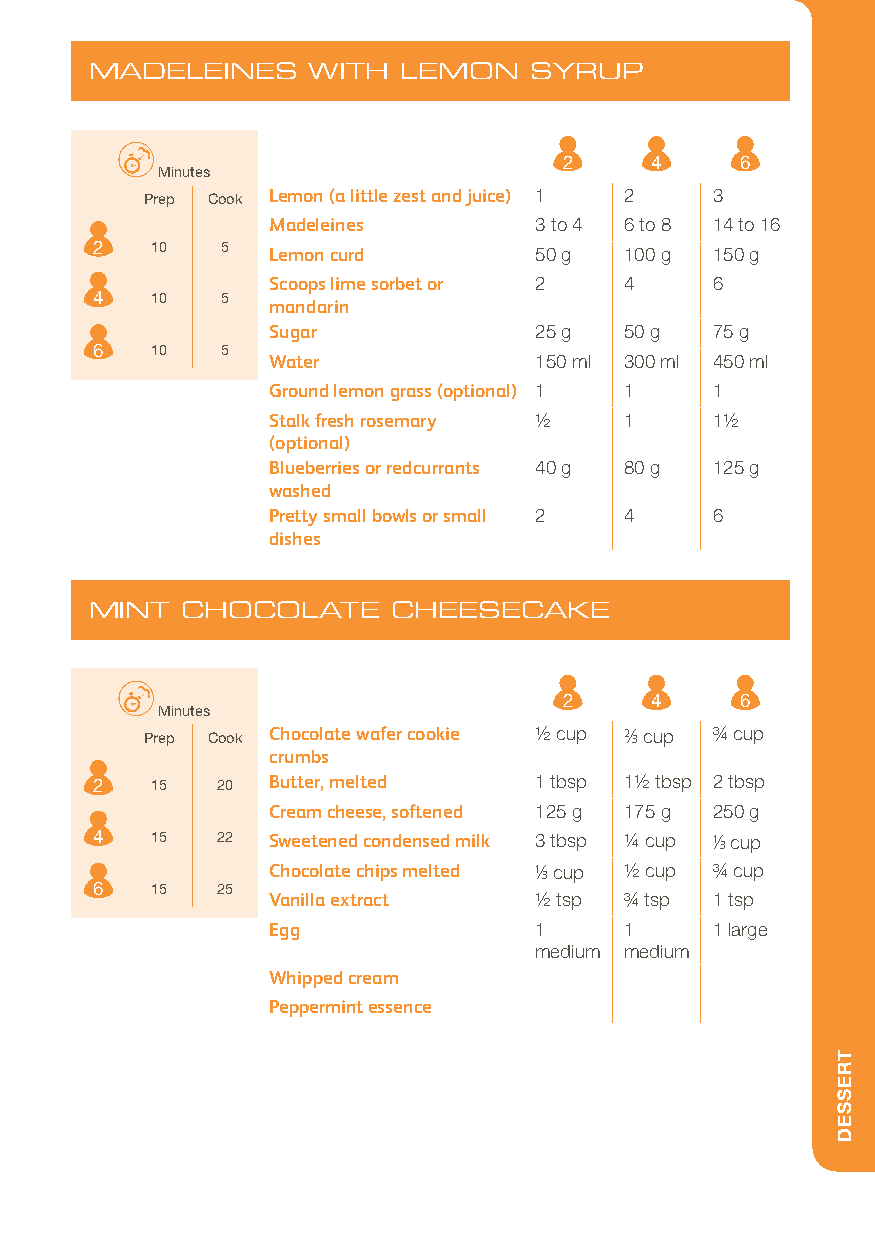
MADELEINES    WITH   LEMON   SYRUP
 2     4     6
 Minutes
 Prep Cook Lemon (a little zest and juice) 1 2 3
 Madeleines       3 to 4 6 to 8 14 to 16
 2   10   5  Lemon curd       50 g  100 g 150 g
 Scoops lime sorbet or 2 4    6
 4   10   5
 mandarin
 Sugar            25 g  50 g  75 g
 6   10   5
 Water            150 ml 300 ml 450 ml
 Ground lemon grass (optional) 1 1 1
 Stalk fresh rosemary 1/2 1   11/2
 (optional)
 Blueberries or redcurrants 40 g 80 g 125 g
 washed
 Pretty small bowls or small 2 4 6
 dishes
 MINT  CHOCOLATE     CHEESECAKE
 2     4     6
 Minutes
 Prep Cook Chocolate wafer cookie 1/2 cup 2/3 cup 3/4 cup
 crumbs
 2   15  20  Butter, melted   1 tbsp 11/2 tbsp 2 tbsp
 Cream cheese, softened 125 g 175 g 250 g
 4   15  22  Sweetened condensed milk 3 tbsp 1/4 cup 1/3 cup
 Chocolate chips melted 1/3 cup 1/2 cup 3/4 cup
 6   15  25
 Vanilla extract  1/2 tsp 3/4 tsp 1 tsp
 Egg              1     1     1 large
 medium medium
 Whipped cream
 Peppermint essence
 TRESSED